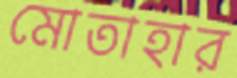
মোতাহার